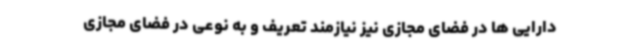
دارایی ها در فضای مجازی نیز نیازمند تعریف و به نوعی در فضای مجازی